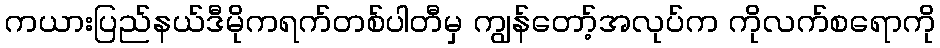
ကယားပြည်နယ်ဒီမိုကရက်တစ်ပါတီမှ ကျွန်တော့်အလုပ်က ကိုလက်စရောကို